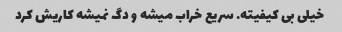
خیلی بی کیفیته. سریع خراب میشه و دگ نمیشه کاریش کرد